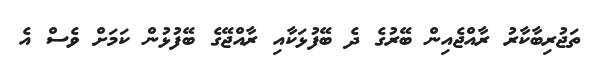
ތަޖުރިބާކާރު ރާއްޖެއިން ބޭރުގެ ދެ ބޭފުޅަކާއި ރާއްޖޭގެ ބޭފުޅުން ކަމަށް ވެެސް އެ